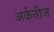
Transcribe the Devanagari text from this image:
अर्कनीज